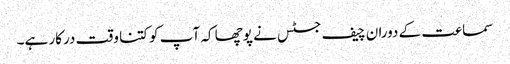
سماعت کے دوران چیف جسٹس نے پوچھا کہ آپ کو کتنا وقت درکار ہے۔